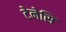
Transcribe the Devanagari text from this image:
टेनेसि